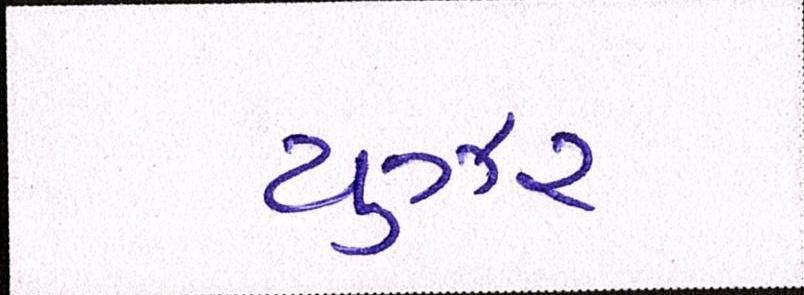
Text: યુઝર